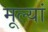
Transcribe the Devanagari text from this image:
मूल्यां